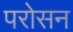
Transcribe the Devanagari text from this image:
परोसन